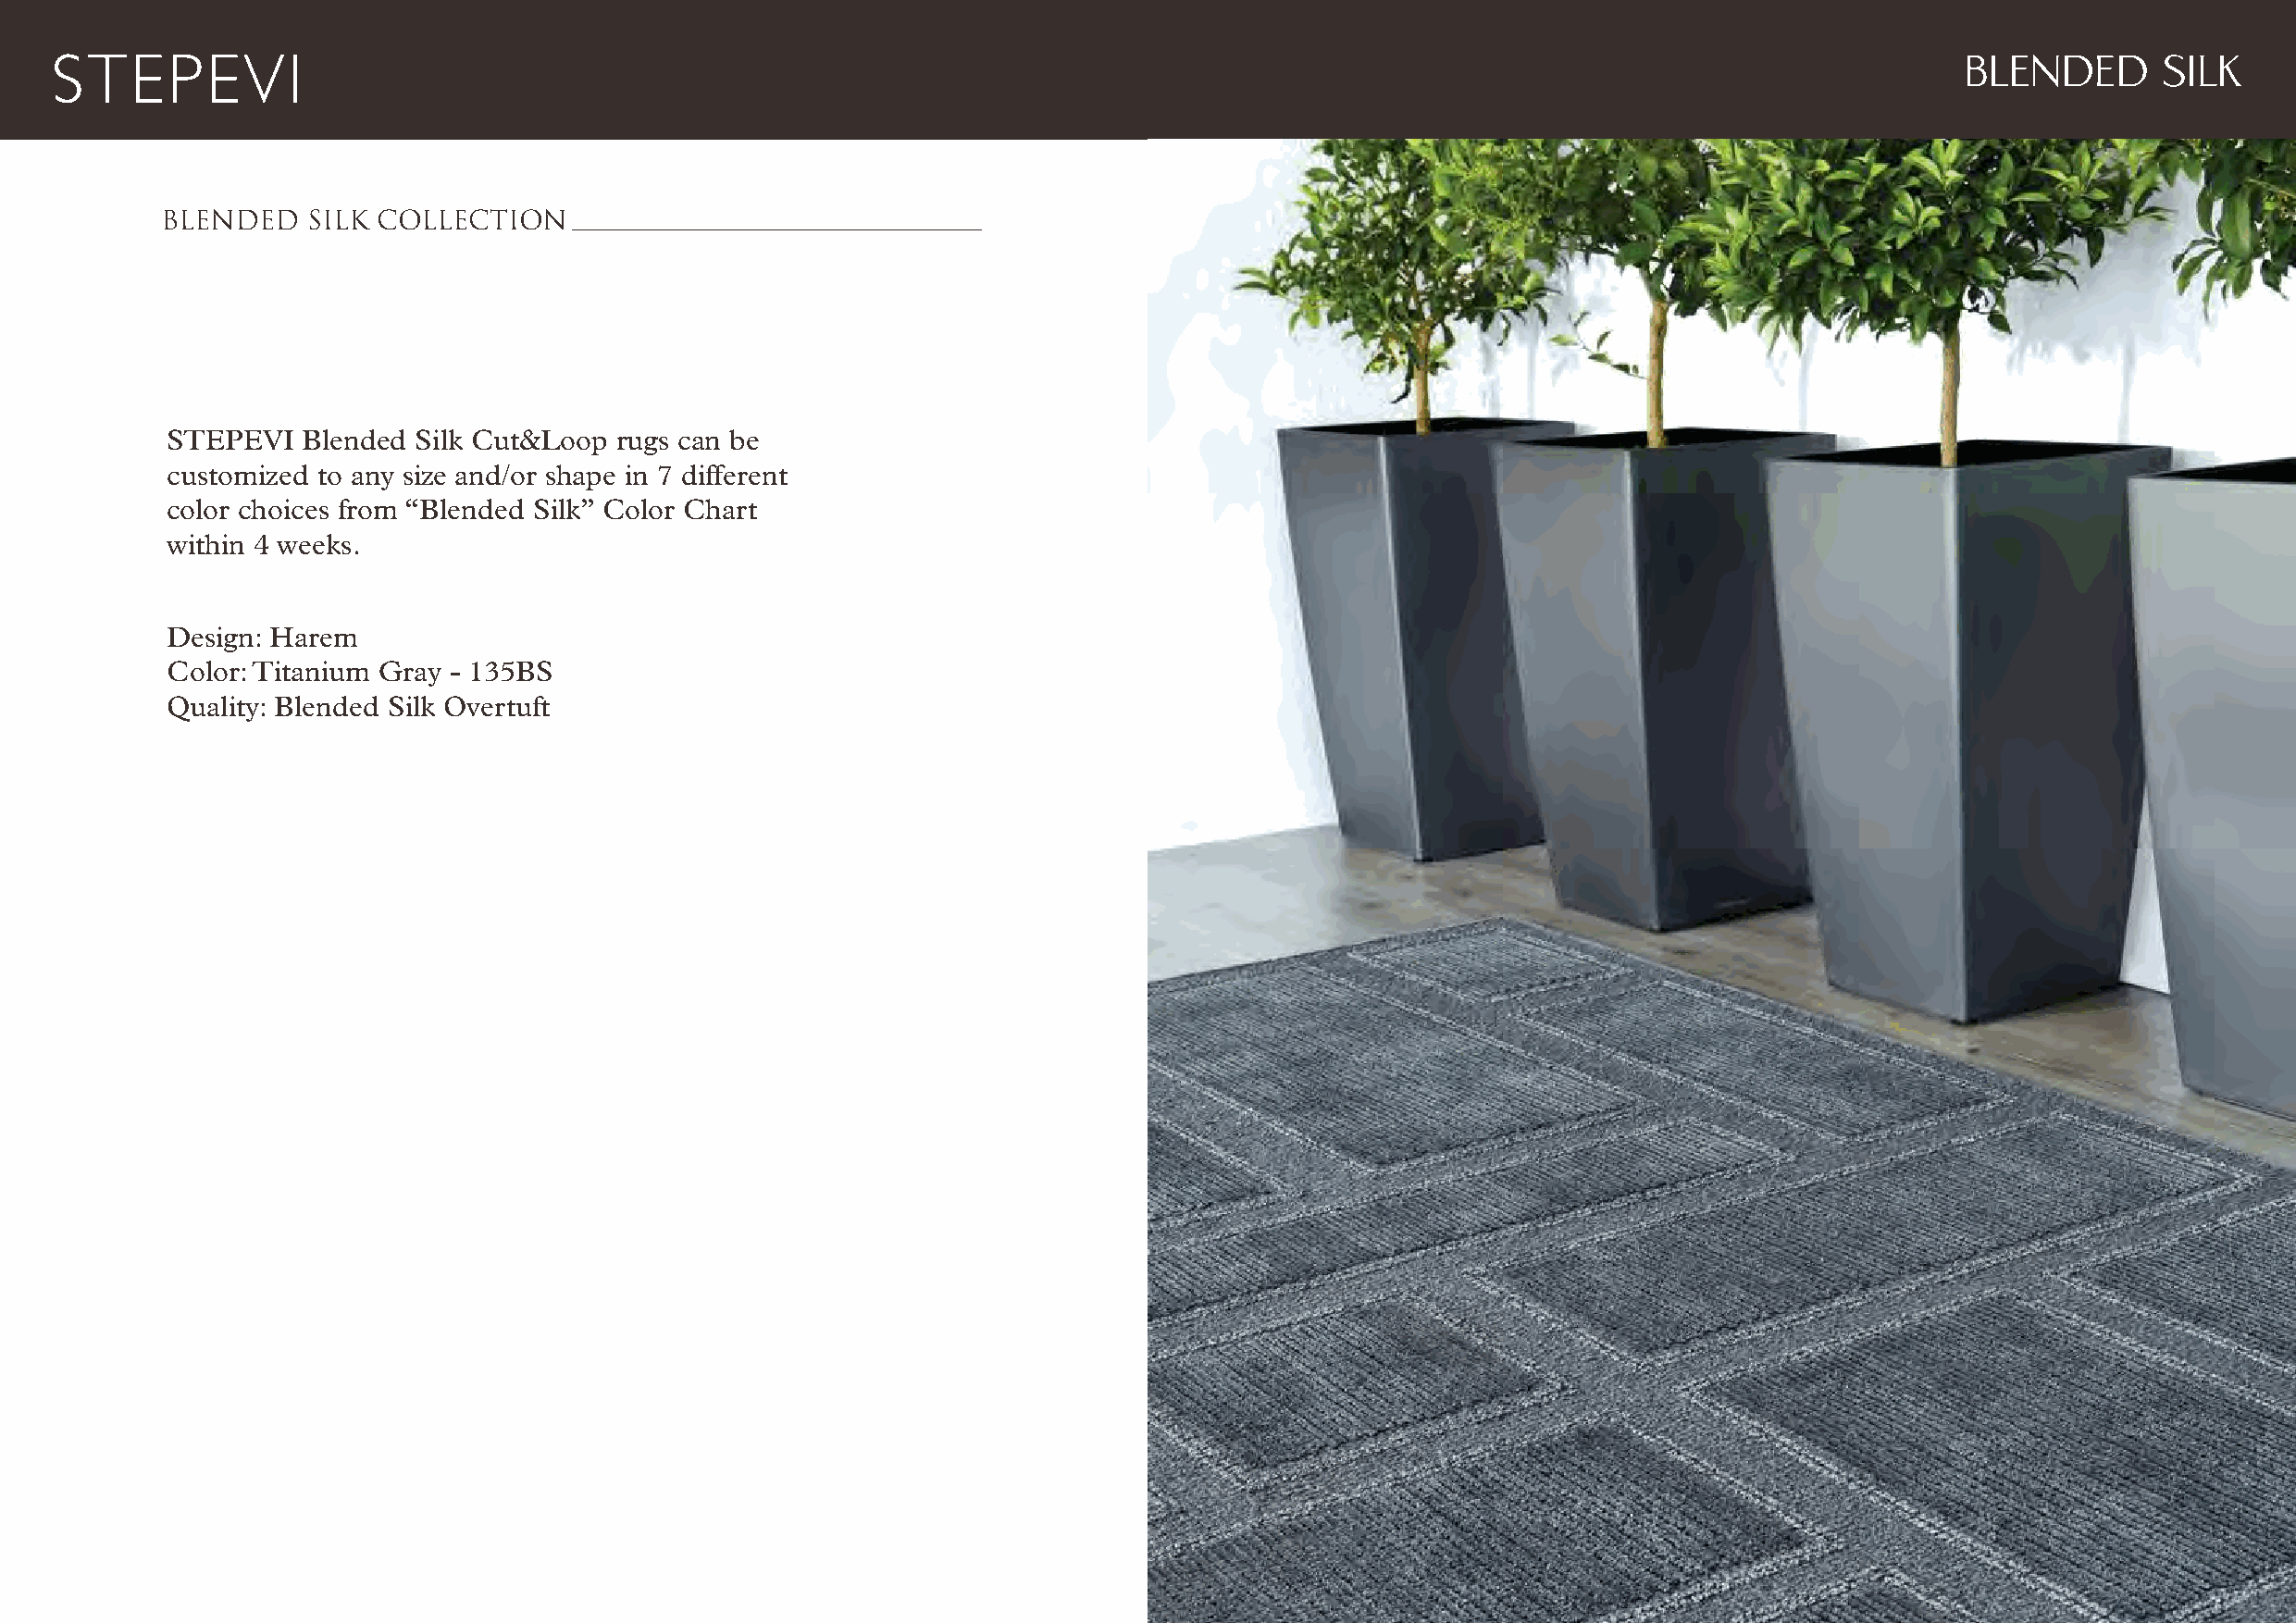
BLENDED        SILK
 BLENDED   SILK COLLECTION
 STEPEVI   Blended Silk Cut&Loop rugs can be
 customized to any size and/or shape in 7 different
 color choices from “Blended Silk” Color Chart
 within 4 weeks.
 Design: Harem
 Color: Titanium Gray - 135BS
 Quality: Blended Silk Overtuft